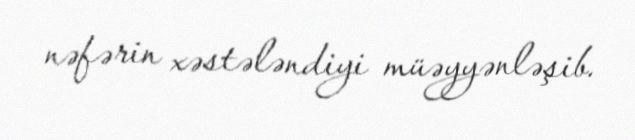
nəfərin xəstələndiyi müəyyənləşib.